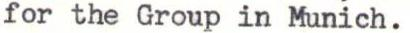
for the Group in Munich.